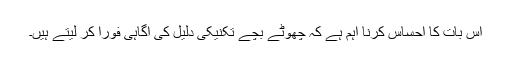
اِس بات کا احساس کرنا اہم ہے کہ چھوٹے بچے تکنیکی دلیل کی آگاہی فوراً کر لیتے ہیں۔